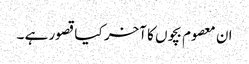
ان معصوم بچوں کا آخر کیا قصور ہے ۔